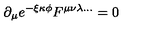
\partial _ { \mu } e ^ { - \xi \kappa \phi } F ^ { \mu \nu \lambda \ldots } = 0